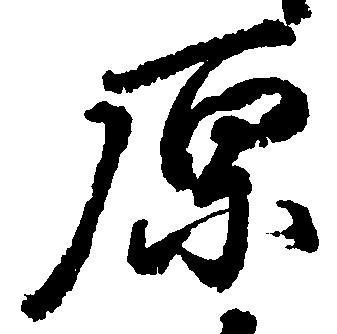
原